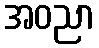
အဝညာ